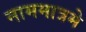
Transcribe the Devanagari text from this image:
नाममात्रमे